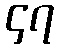
၄၇